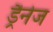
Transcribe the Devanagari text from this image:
ड्रैनेज